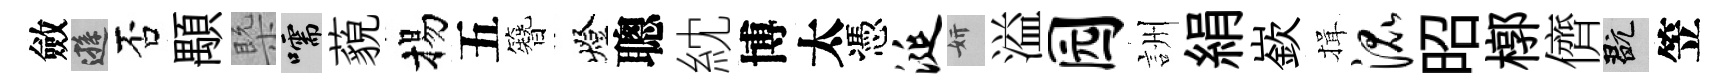
斂遜否顒槩嚅藐揚五簪燈聰紞博太憑涎妍溢园詶絹嶔揖混昭槨儕玩笠